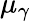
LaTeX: \mu_{\gamma}